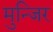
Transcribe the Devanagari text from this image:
मुन्जिर